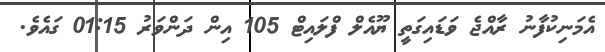
އެމަނިކުފާނު ރާއްޖެ ވަޑައިގަތީ ޔޫއެލް ފްލައިޓް 105 އިން ދަންވަރު 01:15 ގައެވެ.